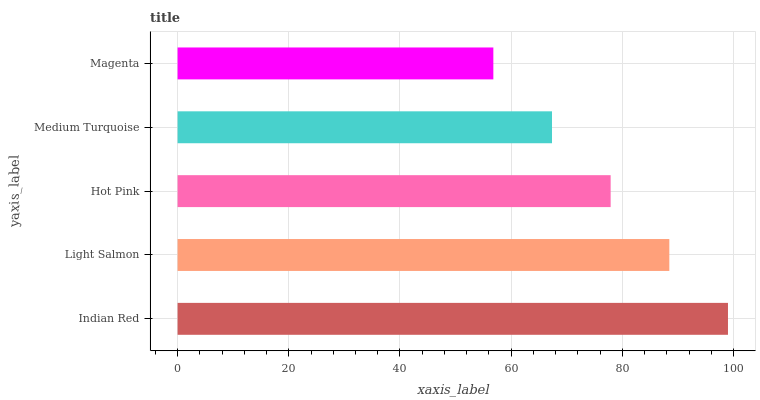
| yaxis_label | bars |
 | --- | --- |
 | Indian Red | 99 |
 | Light Salmon | 88.4 |
 | Hot Pink | 77.9 |
 | Medium Turquoise | 67.3 |
 | Magenta | 56.8 |